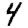
Digit: 4